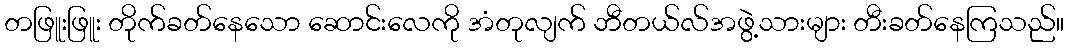
တဖြူးဖြူး တိုက်ခတ်နေသော ဆောင်းလေကို အံတုလျက် ဘီတယ်လ်အဖွဲ့သားများ တီးခတ်နေကြသည်။